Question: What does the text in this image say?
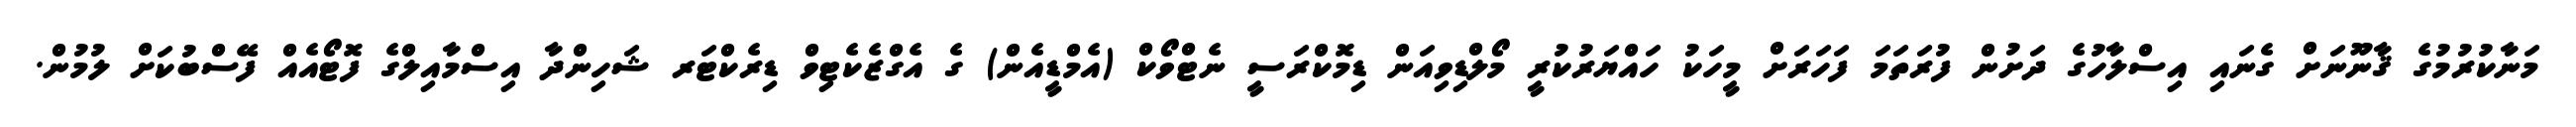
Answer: މަނާކުރުމުގެ ޤާނޫނަށް ގެނައި އިސްލާހުގެ ދަށުން ފުރަތަމަ ފަހަރަށް މީހަކު ހައްޔަރުކުރީ މޯލްޑިވިއަން ޑިމޮކްރަސީ ނެޓްވޯކް (އެމްޑީއެން) ގެ އެގްޒެކެޓިވް ޑިރެކްޓަރ ޝަހިންދާ އިސްމާއިލްގެ ފޮޓޯއެއް ފޭސްބުކަށް ލުމުން.